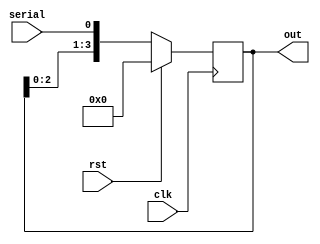
// shift register 


module Day6_sheft_reg( out, clk,serial,rst);
		input clk,rst;
		input  serial;
		output reg [3:0] out;
		
		// local param 
		
		//reg [3:0] D;
		
		
		always@( posedge clk) begin 
			if( rst)
			out  <= 0;
			else 
			out <= {out[2:0],serial};
		end
		
	endmodule